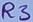
Text: R3